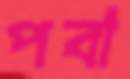
পবা